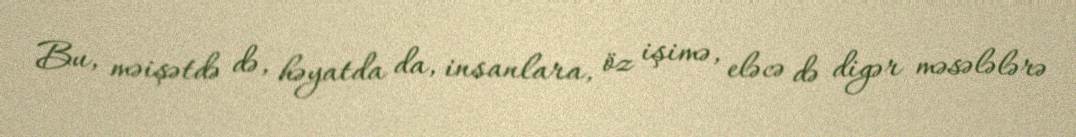
Bu, məişətdə də, həyatda da, insanlara, öz işimə, eləcə də digər məsələlərə